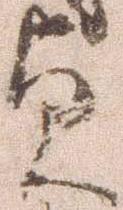
貞